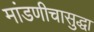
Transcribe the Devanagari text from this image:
मांडणीचासुद्धा